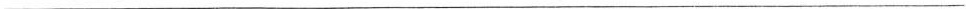
___